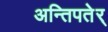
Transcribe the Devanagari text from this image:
अन्तिपतेर्